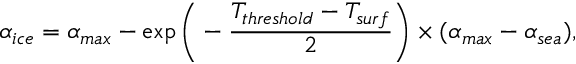
\boldsymbol { \alpha _ { i c e } = \alpha _ { m a x } - \exp { \bigg ( - \frac { T _ { t h r e s h o l d } - T _ { s u r f } } { 2 } } \bigg ) \times ( \alpha _ { m a x } - \alpha _ { s e a } ) , }